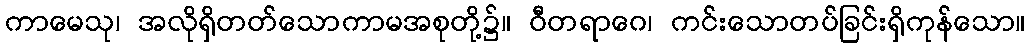
ကာမေသု၊ အလိုရှိတတ်သောကာမအစုတို့၌။ ဝီတရာဂေ၊ ကင်းသောတပ်ခြင်းရှိကုန်သော။